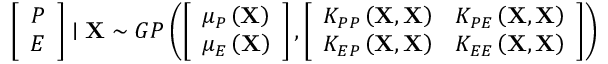
\left[ \begin{array} { c } { P } \\ { E } \end{array} \right] \mid \mathbf { X } \sim G P \left( \left[ \begin{array} { c } { \mu _ { P } \left( \mathbf { X } \right) } \\ { \mu _ { E } \left( \mathbf { X } \right) } \end{array} \right] , \left[ \begin{array} { c c } { K _ { P P } \left( \mathbf { X } , \mathbf { X } \right) } & { K _ { P E } \left( \mathbf { X } , \mathbf { X } \right) } \\ { K _ { E P } \left( \mathbf { X } , \mathbf { X } \right) } & { K _ { E E } \left( \mathbf { X } , \mathbf { X } \right) } \end{array} \right] \right)